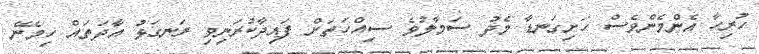
ހުރިހާ އެންމެންވެސް ހަށިގަނޑާ މެދު ސަމާލުވެ ސިއްހަތަށް ފައިދާކުރަނިވި ރަނގަޅު އާދަތައް ހިމެނޭ